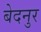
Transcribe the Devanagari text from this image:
बेदनुर